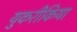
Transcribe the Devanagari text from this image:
युकरीकिया